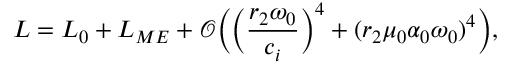
L = L _ { 0 } + L _ { M E } + \mathcal { O } \Big ( \Big ( \frac { r _ { 2 } \omega _ { 0 } } { c _ { i } } \Big ) ^ { 4 } + ( r _ { 2 } \mu _ { 0 } \alpha _ { 0 } \omega _ { 0 } ) ^ { 4 } \Big ) ,